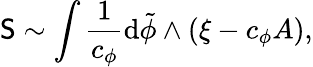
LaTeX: \mathsf{S}\sim\int\frac{{1}}{{c_{\phi}}}\mathrm{{d}}\tilde{{\phi}}\wedge\left(\xi-c_{\phi}A\right),